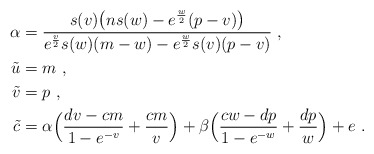
\begin{align*}\alpha & ={s(v)\big(ns(w)-e^{w\over2}(p-v)\big)\over e^{v\over2}s(w)(m-w)-e^{w\over2}s(v)(p-v)} \ , \cr\tilde u & = m \ , \cr\tilde v & = p \ , \cr\tilde c &= \alpha\Big( {dv-cm\over 1-e^{-v}}+{cm\over v}\Big) + \beta\Big({cw-dp\over 1-e^{-w}}+{dp\over w}\Big)+e \ .\end{align*}